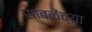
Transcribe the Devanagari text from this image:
साबळेंच्या